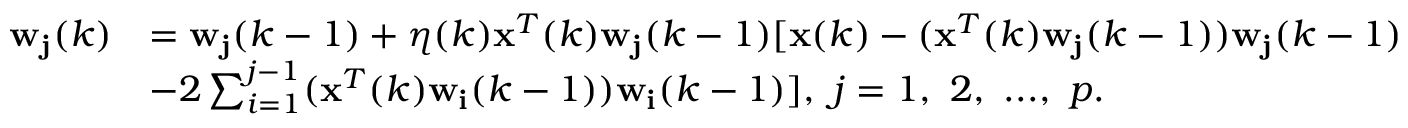
\begin{array} { r l } { \mathbf { w _ { j } } ( k ) } & { = \mathbf { w _ { j } } ( k - 1 ) + \eta ( k ) \mathbf { x } ^ { T } ( k ) \mathbf { w _ { j } } ( k - 1 ) [ \mathbf { x } ( k ) - ( \mathbf { x } ^ { T } ( k ) \mathbf { w _ { j } } ( k - 1 ) ) \mathbf { w _ { j } } ( k - 1 ) } \\ & { - 2 \sum _ { i = 1 } ^ { j - 1 } ( \mathbf { x } ^ { T } ( k ) \mathbf { w _ { i } } ( k - 1 ) ) \mathbf { w _ { i } } ( k - 1 ) ] , \ j = 1 , \ 2 , \ . . . , \ p . } \end{array}